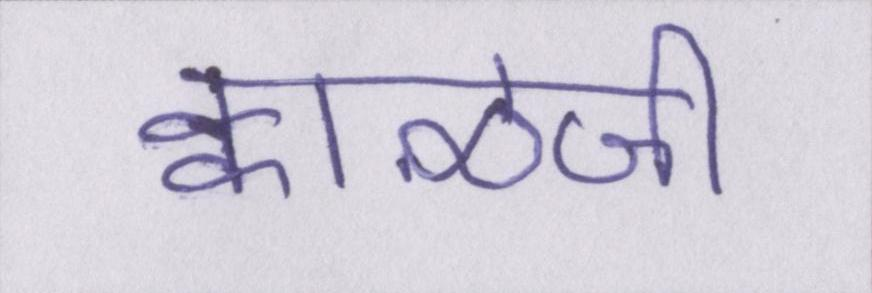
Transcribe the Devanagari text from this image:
क्वाँळजी